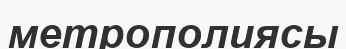
метрополиясы